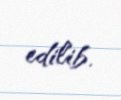
edilib.